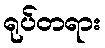
ရုပ်တရား